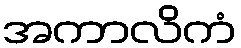
အကာလိကံ